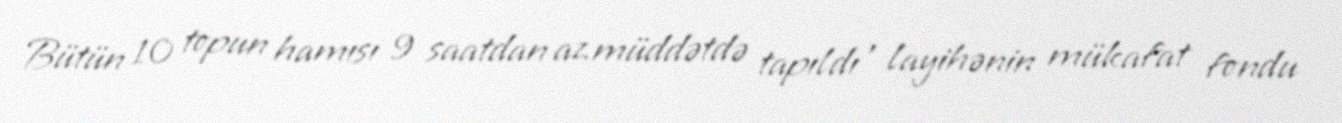
Bütün 10 topun hamısı 9 saatdan az müddətdə tapıldı , layihənin mükafat fondu